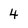
Character: 4